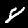
Label: 8